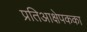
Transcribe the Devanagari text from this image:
प्रतिआक्षेपकका